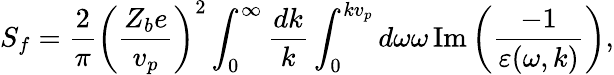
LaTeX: S_{f}=\frac{2}{\pi}\left(\frac{Z_{b}e}{v_{p}}\right)^{2}\int_{0}^{\infty}\frac{dk}{k}\int_{0}^{kv_{p}}d\omega\omega\operatorname{Im}\left(\frac{-1}{\varepsilon(\omega,k)}\right),